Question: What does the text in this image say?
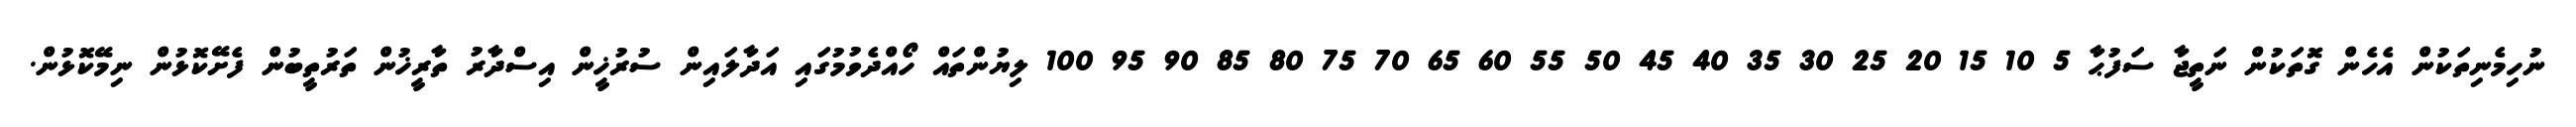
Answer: ނުހިމެނިތަކުން އެހެން ގޮތަކުން ނަތީޖާ ސަފުޙާ 5 10 15 20 25 30 35 40 45 50 55 60 65 70 75 80 85 90 95 100 ލިޔުންތައް ހޯއްދެވުމުގައި އަދާލައިން ސުރުޚީން އިސްދާރު ތާރީޚުން ތަރުތީބުން ފެށޭކޮޅުން ނިމޭކޮޅުން.